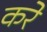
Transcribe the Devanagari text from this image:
करेे